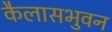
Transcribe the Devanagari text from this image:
कैलासभुवन